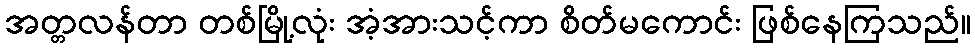
အတ္တလန်တာ တစ်မြို့လုံး အံ့အားသင့်ကာ စိတ်မကောင်း ဖြစ်နေကြသည်။